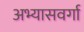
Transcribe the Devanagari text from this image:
अभ्यासवर्गा